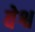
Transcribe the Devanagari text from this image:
वेश्व